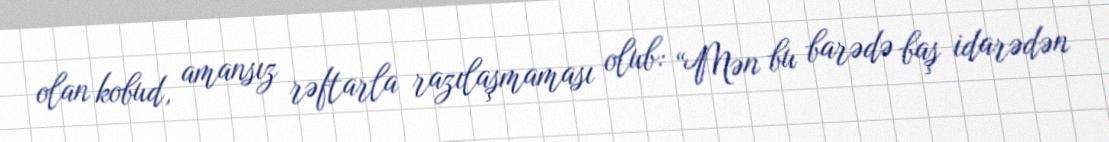
olan kobud, amansız rəftarla razılaşmaması olub: “Mən bu barədə baş idarədən